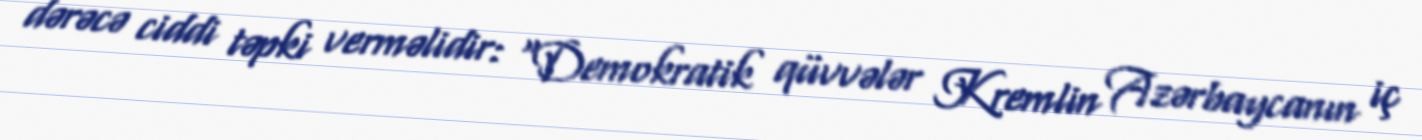
dərəcə ciddi təpki verməlidir: “Demokratik qüvvələr Kremlin Azərbaycanın iç